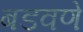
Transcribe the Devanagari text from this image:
बडवणे